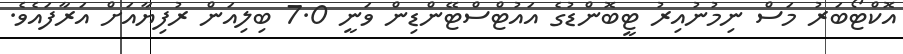
އޮކްޓޯބަރު މަސް ނިމުނުއިރު ޓީބޮންޑުގެ އައުޓްސްޓޭންޑިން ވަނީ 7.0 ބިލިއަން ރުފިޔާއަށް އަރާފައެވެ.